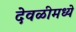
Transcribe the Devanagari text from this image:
देवळीमध्ये